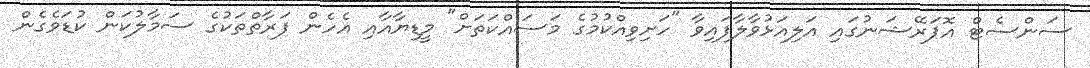
ސަންސެޓް އޮޕަރޭޝަނުގައި އަލިއަޅުވާލާފައިވާ "ހަށިވިއްކުމުގެ މަސައްކަތަށް" މީޑިޔާއާއި އެހެން ފަރާތްތަކުގެ ސަމާލުކަން ކުޑަވެގެން